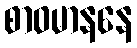
စာဝမာနနေ